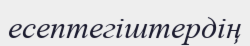
есептегіштердің